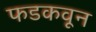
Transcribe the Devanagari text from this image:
फडकवून